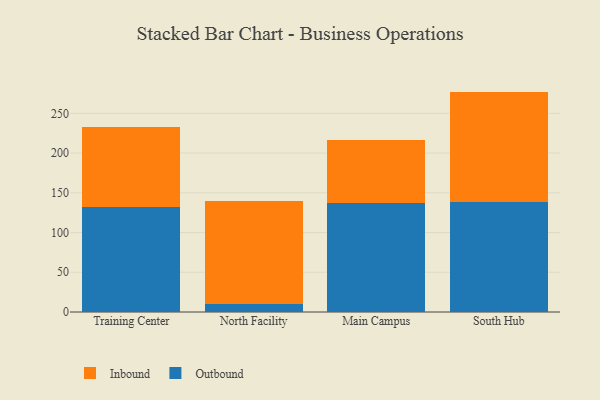
{"axis": {"x": "Campus", "y": "Production Output"}, "legend": ["Inbound", "Outbound"], "data": [{"x": "Training Center", "y": 132.6, "type": "Outbound"}, {"x": "Training Center", "y": 100.1, "type": "Inbound"}, {"x": "North Facility", "y": 10.3, "type": "Outbound"}, {"x": "North Facility", "y": 128.9, "type": "Inbound"}, {"x": "Main Campus", "y": 137.6, "type": "Outbound"}, {"x": "Main Campus", "y": 78.6, "type": "Inbound"}, {"x": "South Hub", "y": 138.1, "type": "Outbound"}, {"x": "South Hub", "y": 139.2, "type": "Inbound"}]}